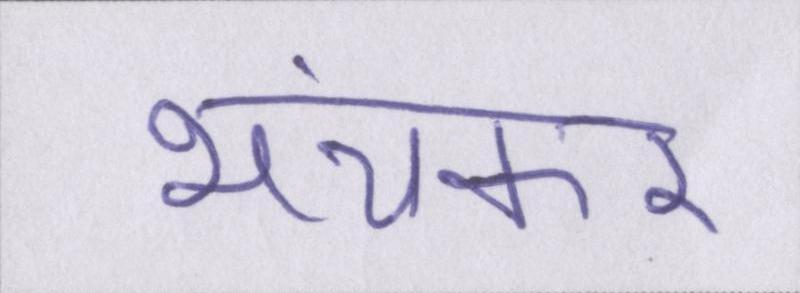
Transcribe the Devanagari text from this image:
भयंकर